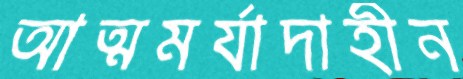
আত্মমর্যাদাহীন